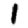
Digit: 1